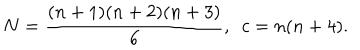
N = \frac { ( n + 1 ) ( n + 2 ) ( n + 3 ) } { 6 } , \ \ c = n ( n + 4 ) .